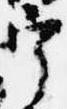
宰